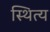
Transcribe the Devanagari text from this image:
स्थित्य